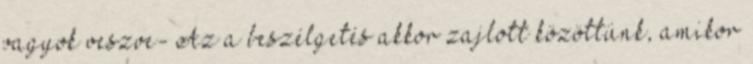
vagyok veszve- Az a beszélgetés akkor zajlott közöttünk, amikor